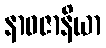
နာဝဇာနိယာ